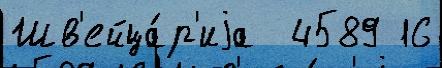
Шв'ейца́р'иjа  4589 16